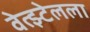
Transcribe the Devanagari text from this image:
वेत्झ्टेलला